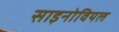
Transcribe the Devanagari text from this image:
साइनोवियल